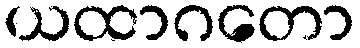
ယထာဂတော